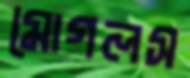
মোগলস